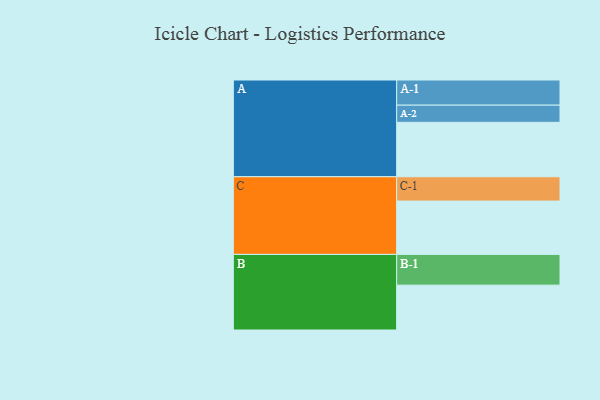
{"axis": {"x": "Segment", "y": "Value"}, "legend": ["", "A", "B", "C"], "data": [{"x": "A", "y": 450, "type": ""}, {"x": "B", "y": 371, "type": ""}, {"x": "C", "y": 441, "type": ""}, {"x": "A-1", "y": 208, "type": "A"}, {"x": "A-2", "y": 142, "type": "A"}, {"x": "B-1", "y": 254, "type": "B"}, {"x": "C-1", "y": 201, "type": "C"}]}